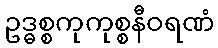
ဥဒ္ဓစ္စကုကုစ္စနီဝရဏံ